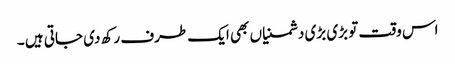
اس وقت تو بڑی بڑی دشمنیاں بھی ایک طرف رکھ دی جاتی ہیں ۔